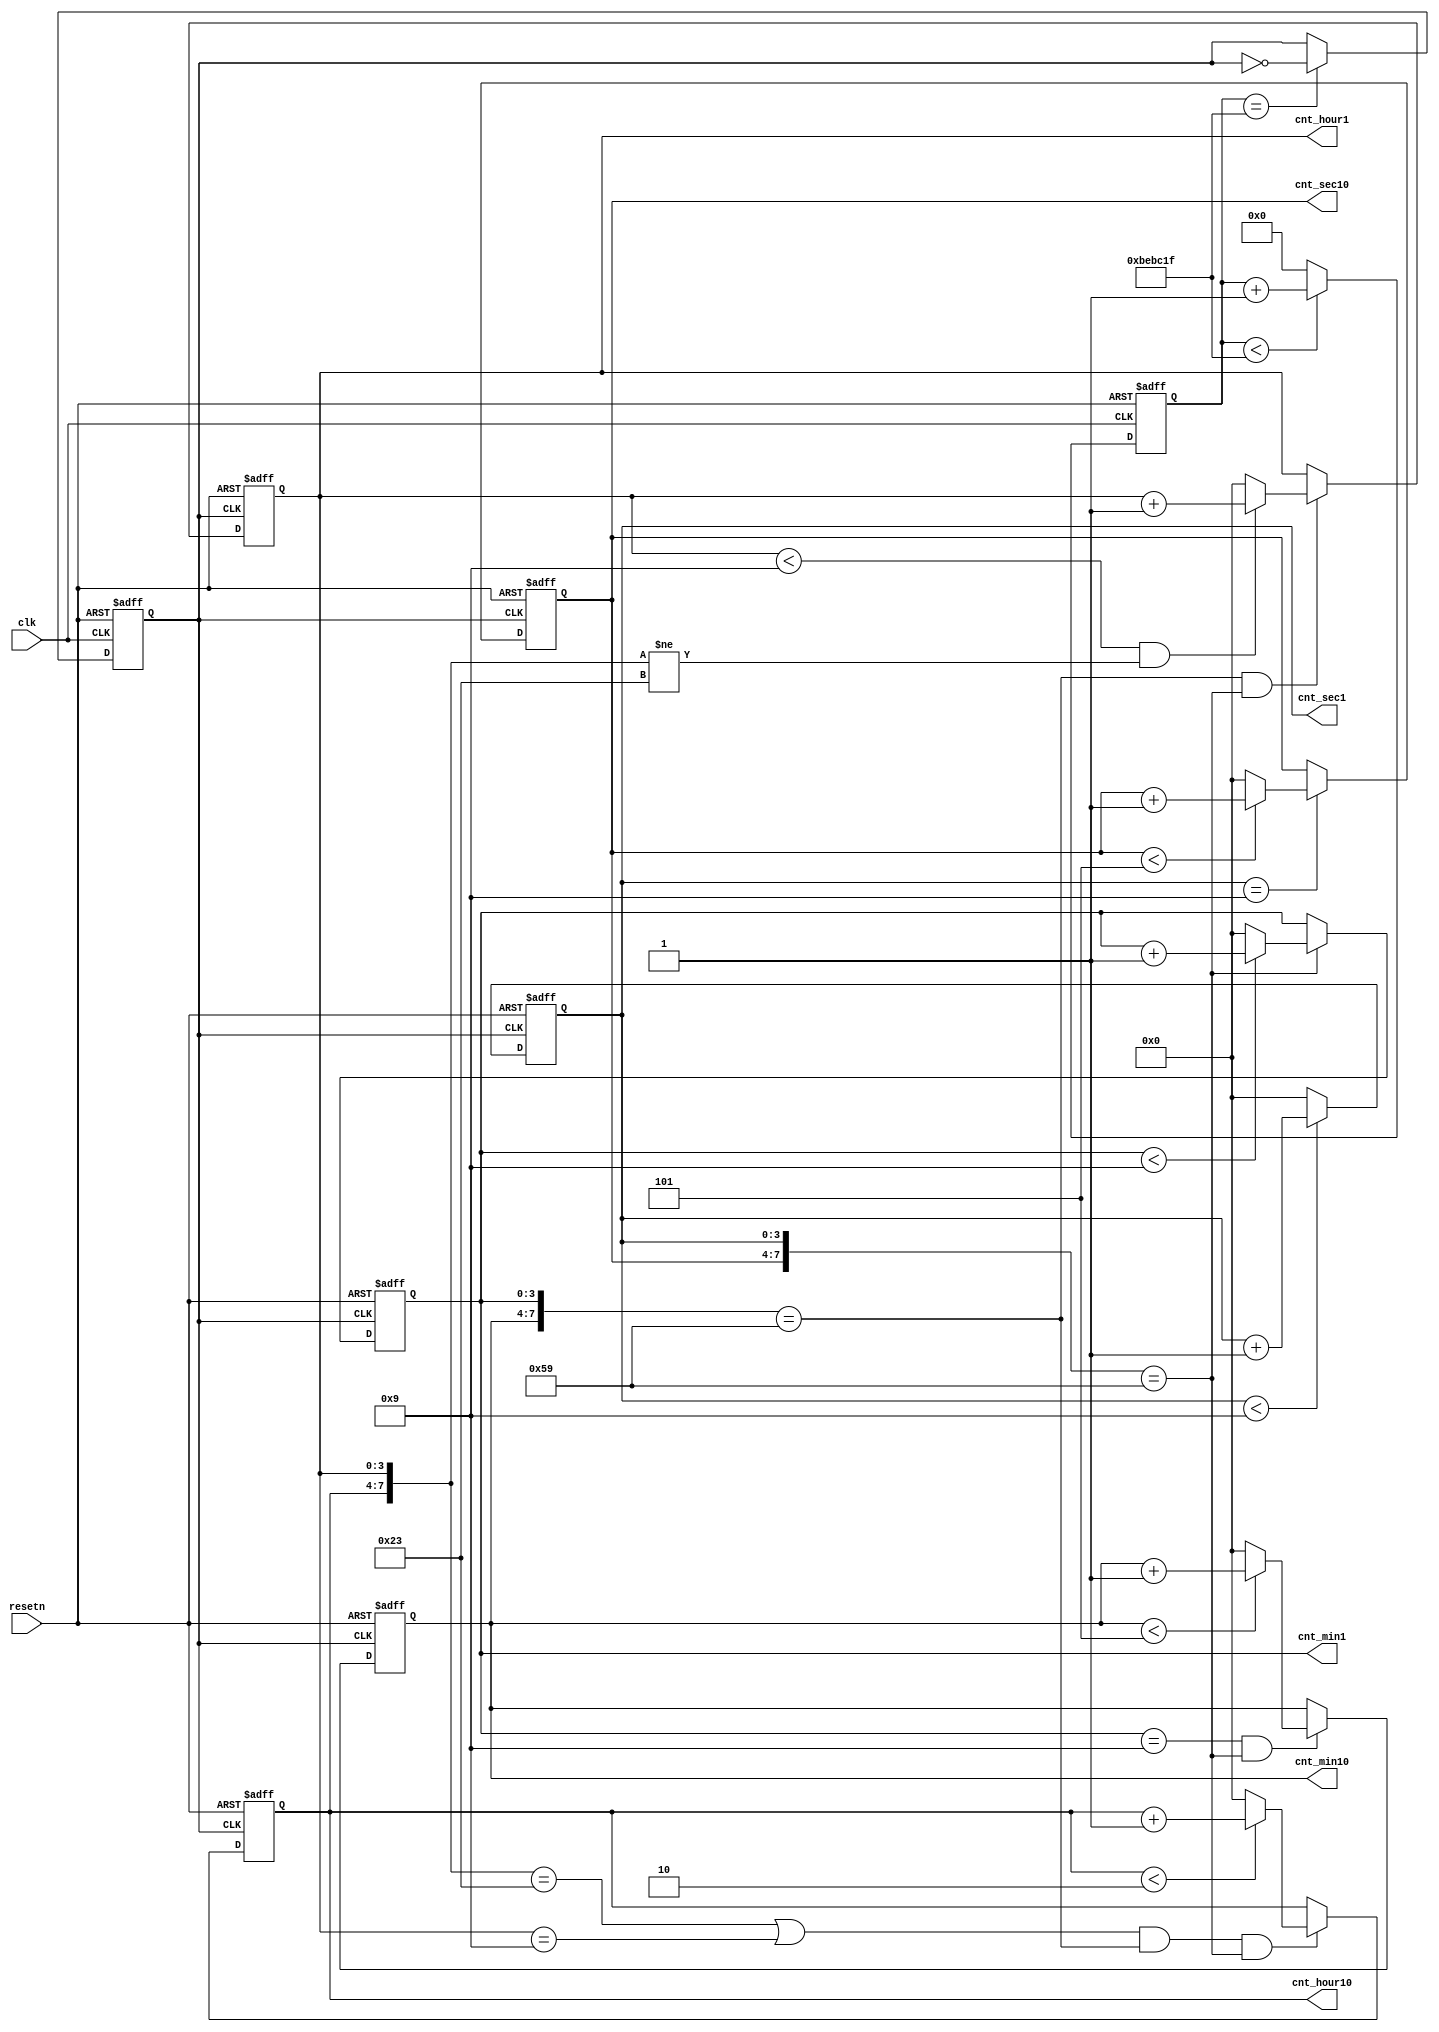
module clk_divider(
input	wire			resetn,
input	wire			clk,

output	reg		[3:0]	cnt_sec1,
output	reg		[3:0]	cnt_sec10,
output	reg		[3:0]	cnt_min1,
output	reg		[3:0]	cnt_min10,
output	reg		[3:0]	cnt_hour1,
output	reg		[3:0]	cnt_hour10
);

reg		[23:0]	cnt_onesec;
reg				clk_onesec;


always @(posedge clk or negedge resetn)
begin
	if(!resetn) begin
		cnt_onesec <= 24'd0;
	end
	else begin
		if(cnt_onesec < 24'd12499999) begin
			cnt_onesec <= cnt_onesec + 24'd1;
		end
		else begin
			cnt_onesec <= 24'd0;
		end
	end
end

always @(posedge clk or negedge resetn)
begin
	if(!resetn) begin
		clk_onesec <= 1'b1;
	end
	else begin
		if(cnt_onesec == 24'd12499999) begin
			clk_onesec <= ~clk_onesec;
		end
		else begin
			clk_onesec <= clk_onesec;
		end
	end
end


always @(posedge clk_onesec or negedge resetn)
begin
	if(!resetn) begin
		cnt_sec1 <= 4'd9;
	end
	else begin
		if(cnt_sec1 < 4'd9) begin
			cnt_sec1 <= cnt_sec1 + 4'd1;
		end
		else begin
			cnt_sec1 <= 4'd0;
		end
	end
end

always @(posedge clk_onesec or negedge resetn)
begin
	if(!resetn) begin
		cnt_sec10 <= 4'd5;
	end
	else begin
		if(cnt_sec1 == 4'd9) begin
			if(cnt_sec10 < 4'd5) begin
				cnt_sec10 <= cnt_sec10 + 4'd1;
			end
			else begin
				cnt_sec10 <= 4'd0;
			end
		end
		else begin
			cnt_sec10 <= cnt_sec10;
		end
	end
end

always @(posedge clk_onesec or negedge resetn)
begin
	if(!resetn) begin
		cnt_min1 <= 4'd9;
	end
	else begin
		if({cnt_sec10, cnt_sec1} == 8'h59) begin
			if(cnt_min1 < 4'd9) begin
				cnt_min1 <= cnt_min1 + 4'd1;
			end
			else begin
				cnt_min1 <= 4'd0;
			end
		end
		else begin
			cnt_min1 <= cnt_min1;
		end
	end
end

always @(posedge clk_onesec or negedge resetn)
begin
	if(!resetn) begin
		cnt_min10 <= 4'd5;
	end
	else begin
		if( (cnt_min1 == 4'h9) && ({cnt_sec10, cnt_sec1} == 8'h59) ) begin
			if(cnt_min10 < 4'd5) begin
				cnt_min10 <= cnt_min10 + 4'd1;
			end
			else begin
				cnt_min10 <= 4'd0;
			end
		end
		else begin
			cnt_min10 <= cnt_min10;
		end
	end
end

always @(posedge clk_onesec or negedge resetn)
begin
	if(!resetn) begin
		cnt_hour1 <= 4'd3;
	end
	else begin
		if( ({cnt_min10, cnt_min1} == 8'h59) && ({cnt_sec10, cnt_sec1} == 8'h59) ) begin
			if( (cnt_hour1 < 4'd9) && ({cnt_hour10, cnt_hour1} != 8'h23) ) begin
				cnt_hour1 <= cnt_hour1 + 4'd1;
			end
			else begin
				cnt_hour1 <= 4'd0;
			end
		end
		else begin
			cnt_hour1 <= cnt_hour1;
		end
	end
end

always @(posedge clk_onesec or negedge resetn)
begin
	if(!resetn) begin
		cnt_hour10 <= 4'd2;
	end
	else begin
		if( (({cnt_hour10, cnt_hour1} == 8'h23) || (cnt_hour1 == 4'h9)) && ({cnt_min10, cnt_min1} == 8'h59) && ({cnt_sec10, cnt_sec1} == 8'h59) ) begin
			if(cnt_hour10 < 4'd2) begin
				cnt_hour10 <= cnt_hour10 + 4'd1;
			end
			else begin
				cnt_hour10 <= 4'd0;
			end
		end
		else begin
			cnt_hour10 <= cnt_hour10;
		end
	end
end


endmodule